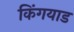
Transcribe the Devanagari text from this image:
किंगयाड